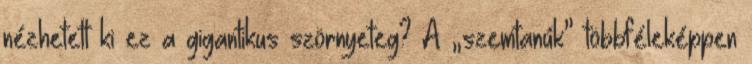
nézhetett ki ez a gigantikus szörnyeteg? A „szemtanúk” többféleképpen